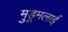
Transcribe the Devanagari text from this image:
मुडूमलाई